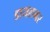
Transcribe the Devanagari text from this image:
डायलमर